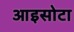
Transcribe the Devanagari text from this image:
आइसोटा